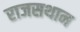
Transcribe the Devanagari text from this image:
राजसथान